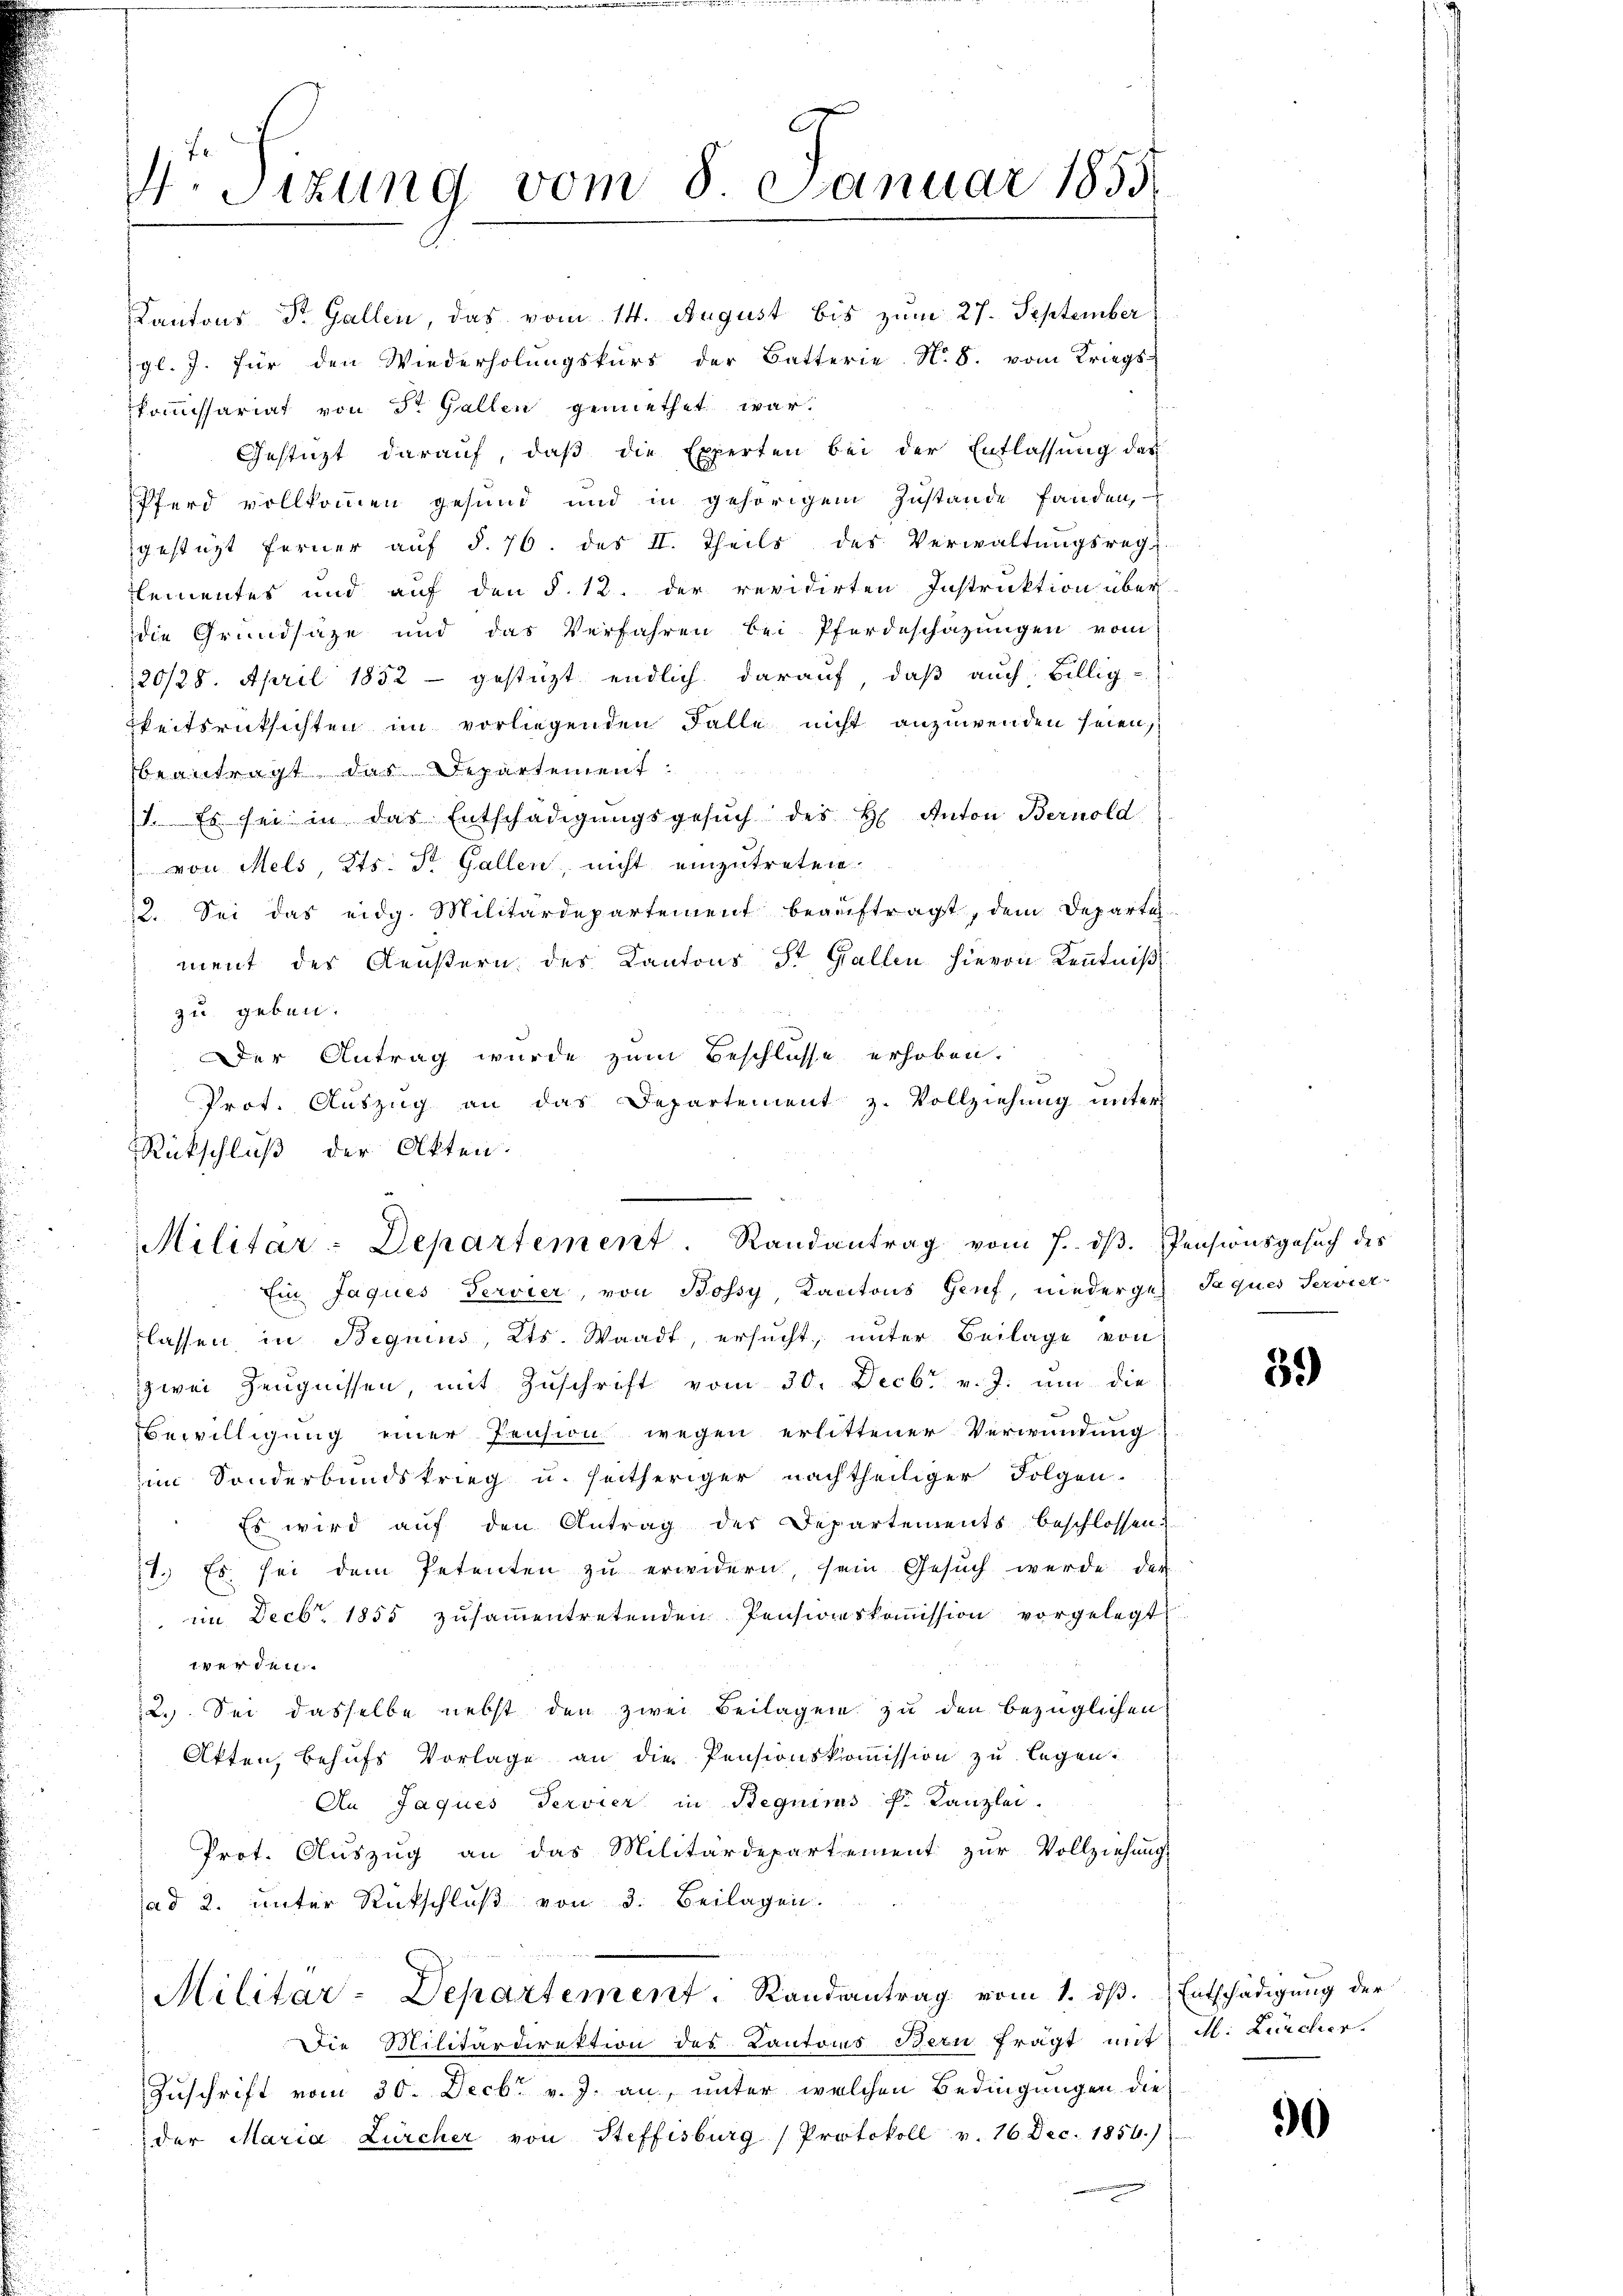
Dr. Sizung vom 8. Januar 1855.

Kantons Dr. Gallen, das vom 14. August bis zum 27. September
gl. J. für den Wiederholŭngskurs der Batterie No. 8. vom Kriegs-
kommissariat von St. Gallen gemiethet war.
Gestüzt darauf, daß die Experten bei der Entlassung des
Pferd vollkommen gesund und in gehörigem Zustande fanden,
gestützt ferner auf §. 76. des II. Theils des Verwaltungsrech
Elementes und auf den §. 12. der revidirten Instruktion über
die Grundsätze und das Verfahren bei Pferdeschazungen vom
120/28. April 1852 - gestüzt endlich darauf, daß auch Billig-
gkeitsrücksichten im vorliegenden Falle nicht anzuwenden seien,
beantragt das Departement.
1. Es sei in das Entschädigungsgesŭch des H. Anton Bernold
 von Mels, Kts. St. Gallen, nicht einzutreten.
12. Sei das eidg. Militärdepartement beauftragt, dem Departe
ment des Aeußern des Kantons St. Gallen hievon Kenntniß
zu geben.
Der Antrag wurde zum Beschlusse erhoben.
Prot. Auszug an das Departement z. Vollziehung unter
Rückschluß der Akten.

d
Militar-Departement Randantrag vom 7. dβ.

Ein Jaques Tervier, von Bossy, Kantons Genf, niederges. Jaques Servier-
lassen in Begnius, Kts. Waadt, ersucht, unter Beilage von
zwei Zeugnissen, mit Zŭschrift vom 30. Decbr v. J. um die
Bewilligung einer Pension wegen erlittener Verwundung
im Sonderbandskrieg u. heitheriger nachtheiliger Folgen-
Es wird aŭf den Antrag der Departements beschlossen.
Es sei dem Petenten zu erwidern, sein Gesuch werde der
.
im Decbr. 1855 zusammentretenden Pensionskommission vorgelegt
werden.
2.) Sei dasselbe nebst den zwei Beilagen zu den bezüglichen
Akten, behufs Vorlage an die Pensionskommission zu legen.
An Jaques Servier in Beguims P. Kanzlei.
Prot. Aŭszŭg an das Militärdepartement zŭr Vollziehung
ad 2. unter Rückschlŭβ von 3. Beilagen.
Militar-Departement. Randantrag vom 1. ds. Entschädigung der
Die Militärdirektion des Kantons Bern fragt mit M. Lücher.
Zuschrift vom 30. Decbr v. J. an, unter welchen Bedingungen die
der Maria Zürcher von Steffisburg (Protokoll v. 16 Dec. 1856.)

Pensionsgesuch des

39)

90